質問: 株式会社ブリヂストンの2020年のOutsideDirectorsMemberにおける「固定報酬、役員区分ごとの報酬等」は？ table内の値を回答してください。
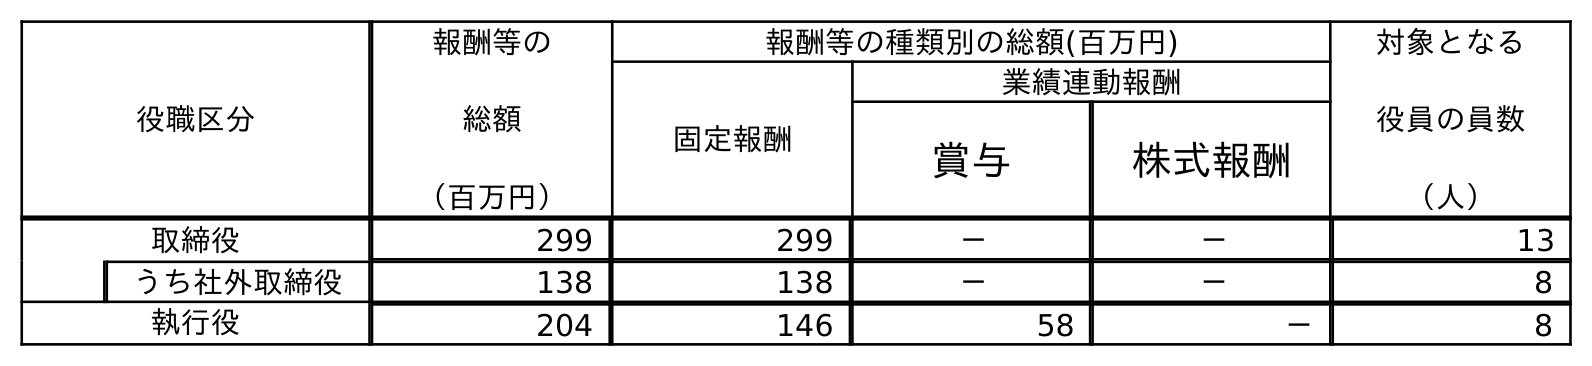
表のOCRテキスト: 役職区分 報酬等の 総額 （百万円） 報酬等の種類別の総額(百万円) 対象となる 役員の員数 （人） 固定報酬 業績連動報酬 賞与 株式報酬 取締役 299 299 － － 13 うち社外取締役 138 138 － － 8 執行役 204 146 58 － 8
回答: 138